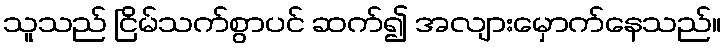
သူသည် ငြိမ်သက်စွာပင် ဆက်၍ အလျားမှောက်နေသည်။